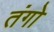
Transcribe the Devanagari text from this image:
तंगो